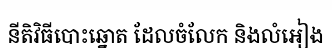
នីតិវិធីបោះឆ្នោត ដែលចំលែក និងលំអៀង